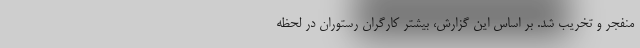
منفجر و تخریب شد. بر اساس این گزارش، بیشتر کارگران رستوران در لحظه